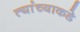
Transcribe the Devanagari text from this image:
त्यांंच्याकडे